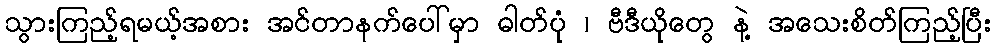
သွားကြည့်ရမယ့်အစား အင်တာနက်ပေါ်မှာ ဓါတ်ပုံ ၊ ဗီဒီယိုတွေ နဲ့ အသေးစိတ်ကြည့်ပြီး